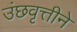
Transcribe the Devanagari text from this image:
उंछवृत्तीने